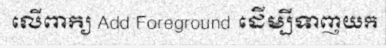
លើពាក្យ Add Foreground ដើម្បីទាញយក